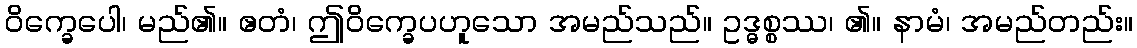
ဝိက္ခေပေါ၊ မည်၏။ ဧတံ၊ ဤဝိက္ခေပဟူသော အမည်သည်။ ဥဒ္ဓစ္စဿ၊ ၏။ နာမံ၊ အမည်တည်း။